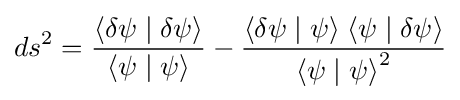
ds^{2}={\frac {\langle \delta \psi \mid \delta \psi \rangle }{\langle \psi \mid \psi \rangle }}-{\frac {\langle \delta \psi \mid \psi \rangle \;\langle \psi \mid \delta \psi \rangle }{{\langle \psi \mid \psi \rangle }^{2}}}